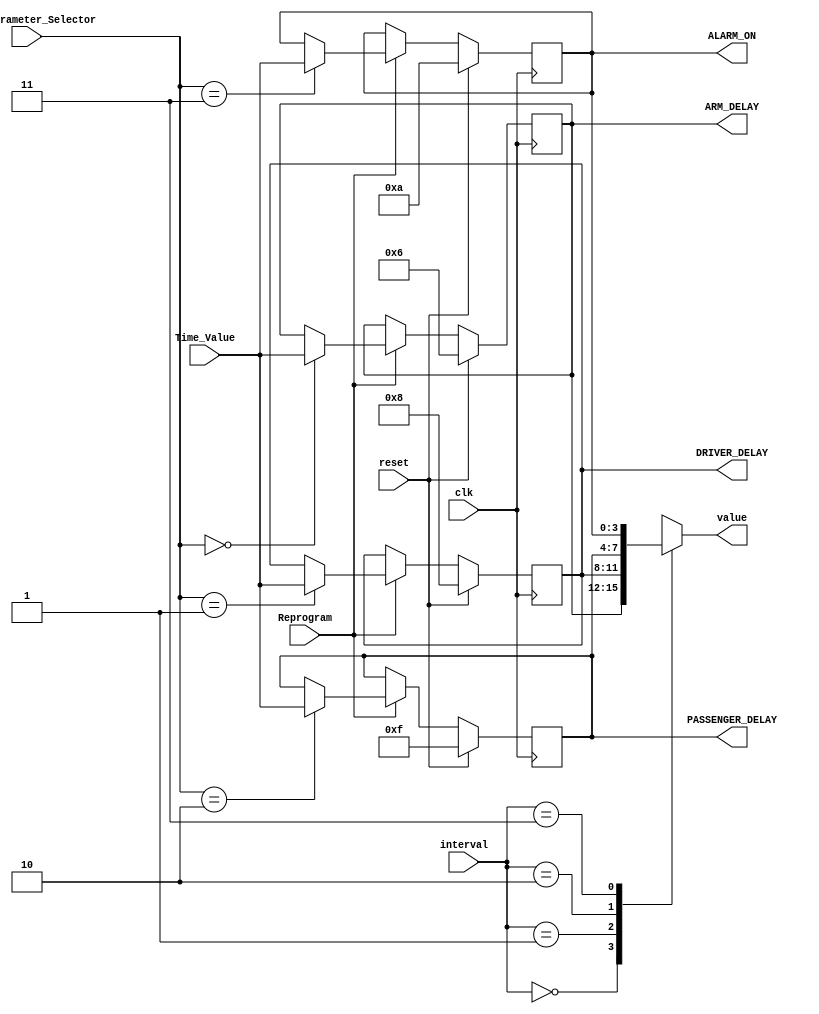
`timescale 1ns / 1ps
//////////////////////////////////////////////////////////////////////////////////
// Company: 
// Engineer: 
// 
// Design Name: 
// Module Name:    timeParam 
// Project Name: 
// Target Devices: 
// Tool versions: 
// Description: 
//
// Dependencies: 
//
// Revision: 
// Revision 0.01 - File Created
// Additional Comments: 
//
//////////////////////////////////////////////////////////////////////////////////
module timeParam(
    input clk,
    input [1:0] Time_Parameter_Selector,
    input [3:0] Time_Value,
    input Reprogram,
	 input reset,
    input [1:0] interval,
    output reg [3:0] value,
	 output reg [3:0] ARM_DELAY,
	 output reg [3:0] DRIVER_DELAY,
	 output reg [3:0] PASSENGER_DELAY,
	 output reg [3:0] ALARM_ON	 
    );
	 
	parameter T_ARM_DELAY=4'b0110;
	parameter T_DRIVER_DELAY=4'b1000;
	parameter T_PASSENGER_DELAY=4'b1111;
	parameter T_ALARM_ON=4'b1010;
	
		
	always @(posedge clk) begin
	
		if (reset) begin 
		{ARM_DELAY, DRIVER_DELAY, PASSENGER_DELAY,ALARM_ON}<=
		{T_ARM_DELAY, T_DRIVER_DELAY, T_PASSENGER_DELAY,T_ALARM_ON};
		
		end else if (Reprogram) begin		
			case(Time_Parameter_Selector)
				2'b00: ARM_DELAY<=Time_Value;
				2'b01: DRIVER_DELAY<=Time_Value;
				2'b10: PASSENGER_DELAY<=Time_Value;
				2'b11: ALARM_ON<=Time_Value;		
			endcase
		end 

	end
		
	always @(interval) begin
			case (interval)
				2'b00: value<=ARM_DELAY;
				2'b01: value<=DRIVER_DELAY;
				2'b10: value<=PASSENGER_DELAY;
				2'b11: value<=ALARM_ON;
			endcase	
	
	end
		
	
	
	
endmodule